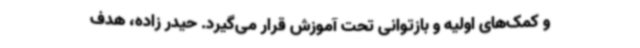
و کمک‌های اولیه و بازتوانی تحت آموزش قرار می‌گیرد. حیدر زاده، هدف